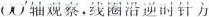
OO^{\prime}轴观察，线圈沿逆时针方